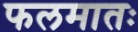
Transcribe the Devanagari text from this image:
फलमातः